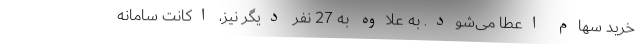
خرید سهام اعطا می‌شود. به علاوه به 27 نفر دیگر نیز، اکانت سامانه